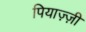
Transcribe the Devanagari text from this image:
पियाज़्ज़ी